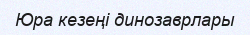
Юра кезеңі динозаврлары